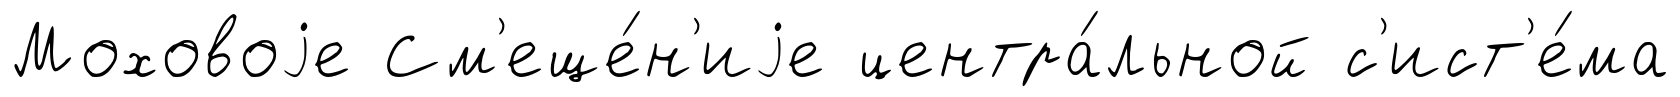
Моховоjе См'еще́н'иjе центра́льной с'ист'е́ма